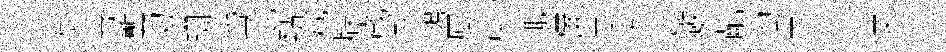
慰碁龔韧珊岱混點娥牒歲淑鶚厦臾輒彌果奖諺歜齔淘昇忙菓